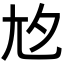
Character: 𡯌